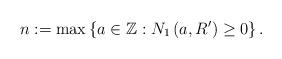
LaTeX: \begin{align*} n:=\max\left\{ a \in \mathbb{Z}: N_1\left(a, R'\right) \geq 0\right\}. \end{align*}